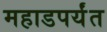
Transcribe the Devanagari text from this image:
महाडपर्यंत